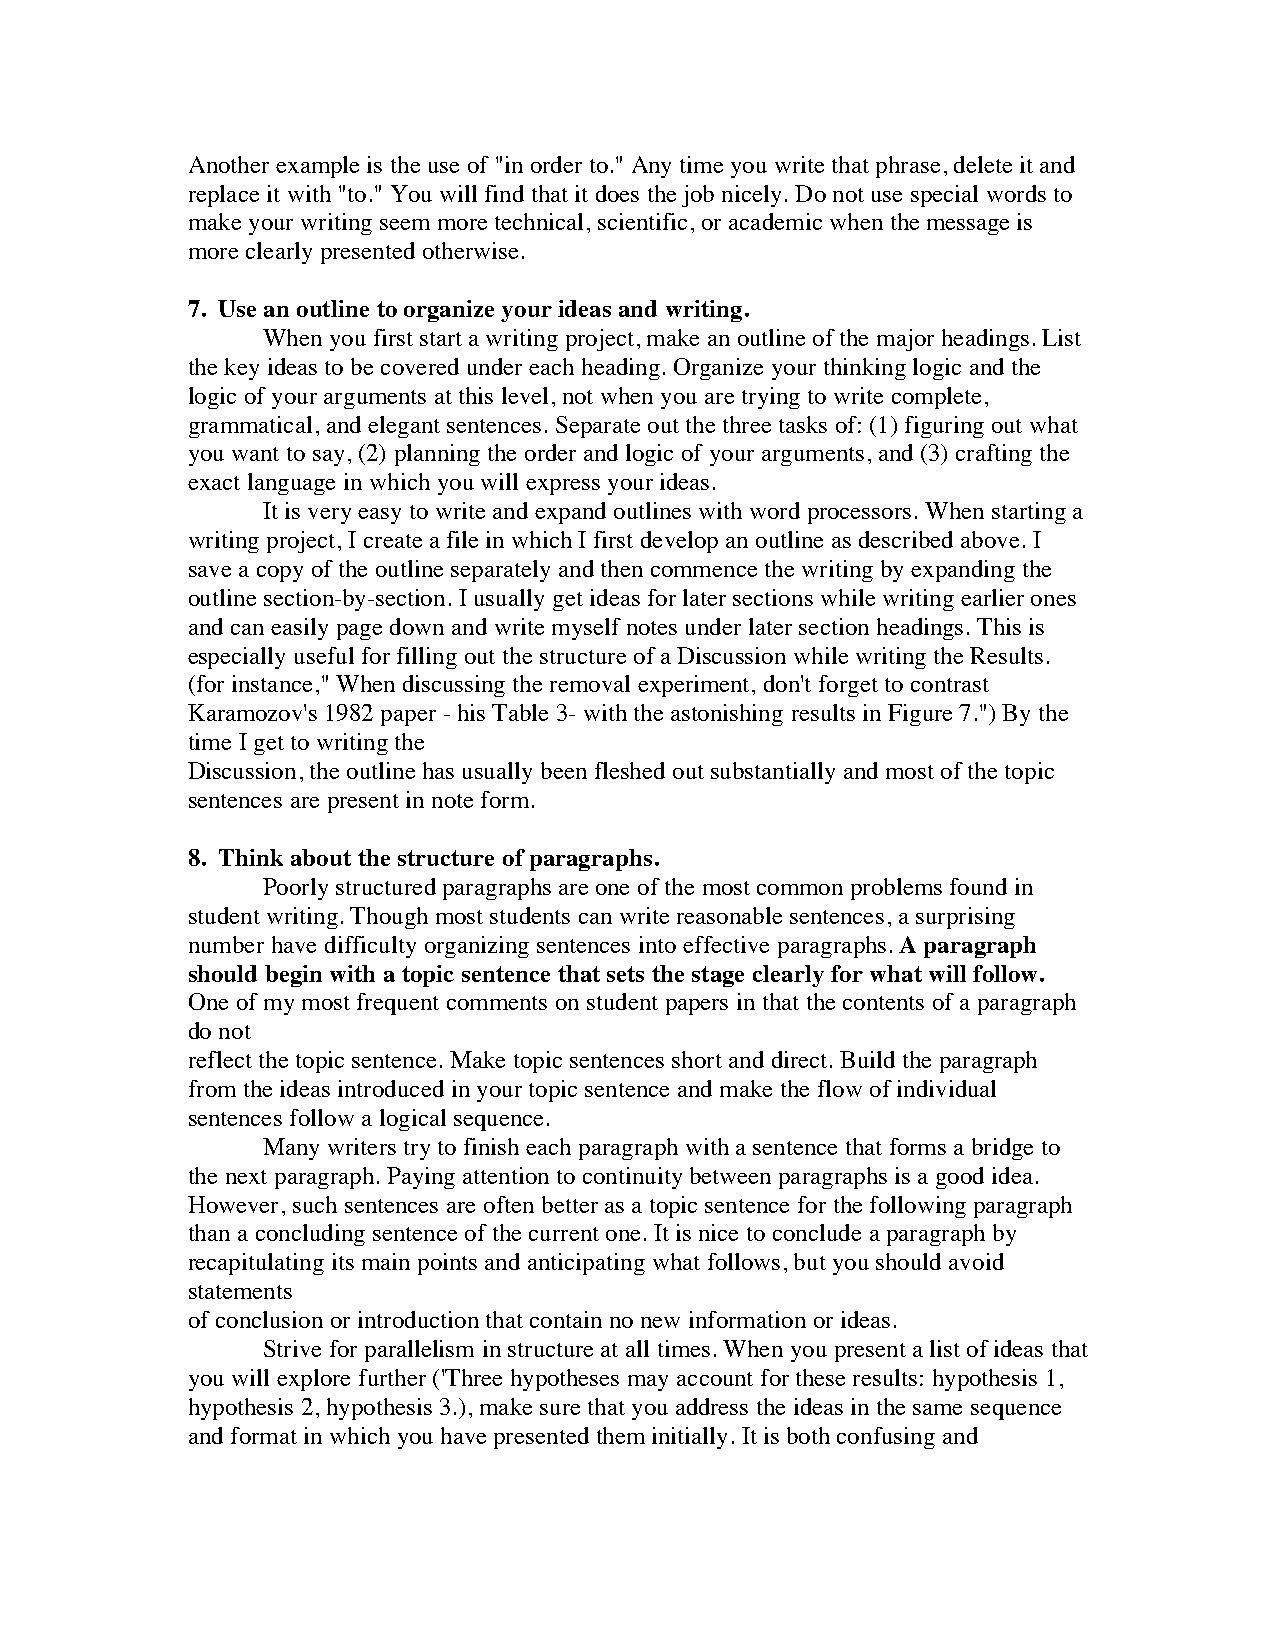
Another example is the use of "in order to." Any time you write that phrase, delete it and
 replace it with "to." You will find that it does the job nicely. Do not use special words to
 make your writing seem more technical, scientific, or academic when the message is
 more clearly presented otherwise.
 7. Use an outline to organize your ideas and writing.
 When you first start a writing project, make an outline of the major headings. List
 the key ideas to be covered under each heading. Organize your thinking logic and the
 logic of your arguments at this level, not when you are trying to write complete,
 grammatical, and elegant sentences. Separate out the three tasks of: (1) figuring out what
 you want to say, (2) planning the order and logic of your arguments, and (3) crafting the
 exact language in which you will express your ideas.
 It is very easy to write and expand outlines with word processors. When starting a
 writing project, I create a file in which I first develop an outline as described above. I
 save a copy of the outline separately and then commence the writing by expanding the
 outline section-by-section. I usually get ideas for later sections while writing earlier ones
 and can easily page down and write myself notes under later section headings. This is
 especially useful for filling out the structure of a Discussion while writing the Results.
 (for instance," When discussing the removal experiment, don't forget to contrast
 Karamozov's 1982 paper - his Table 3- with the astonishing results in Figure 7.") By the
 time I get to writing the
 Discussion, the outline has usually been fleshed out substantially and most of the topic
 sentences are present in note form.
 8. Think about the structure of paragraphs.
 Poorly structured paragraphs are one of the most common problems found in
 student writing. Though most students can write reasonable sentences, a surprising
 number have difficulty organizing sentences into effective paragraphs. A paragraph
 should begin with a topic sentence that sets the stage clearly for what will follow.
 One of my most frequent comments on student papers in that the contents of a paragraph
 do not
 reflect the topic sentence. Make topic sentences short and direct. Build the paragraph
 from the ideas introduced in your topic sentence and make the flow of individual
 sentences follow a logical sequence.
 Many writers try to finish each paragraph with a sentence that forms a bridge to
 the next paragraph. Paying attention to continuity between paragraphs is a good idea.
 However, such sentences are often better as a topic sentence for the following paragraph
 than a concluding sentence of the current one. It is nice to conclude a paragraph by
 recapitulating its main points and anticipating what follows, but you should avoid
 statements
 of conclusion or introduction that contain no new information or ideas.
 Strive for parallelism in structure at all times. When you present a list of ideas that
 you will explore further ('Three hypotheses may account for these results: hypothesis 1,
 hypothesis 2, hypothesis 3.), make sure that you address the ideas in the same sequence
 and format in which you have presented them initially. It is both confusing and